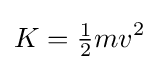
K={\tfrac {1}{2}}mv^{2}